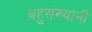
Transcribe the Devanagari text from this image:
बहुसंख्यांनी